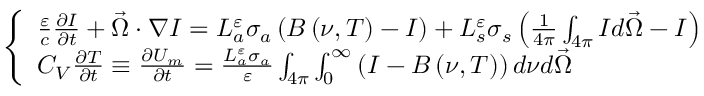
\left\{ \begin{array} { l } { { \frac { \varepsilon } { c } \frac { \partial I } { \partial t } + \vec { \Omega } \cdot \nabla I = L _ { a } ^ { \varepsilon } \sigma _ { a } \left( B \left( \nu , T \right) - I \right) + L _ { s } ^ { \varepsilon } \sigma _ { s } \left( \frac { 1 } { 4 \pi } \int _ { 4 \pi } I d \vec { \Omega } - I \right) } } \\ { { C _ { V } \frac { \partial T } { \partial t } \equiv \frac { \partial U _ { m } } { \partial t } = \frac { L _ { a } ^ { \varepsilon } \sigma _ { a } } { \varepsilon } \int _ { 4 \pi } \int _ { 0 } ^ { \infty } \left( I - B \left( \nu , T \right) \right) d \nu d \vec { \Omega } } } \end{array} \right.